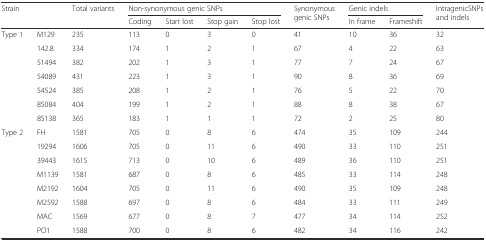
<table><thead><tr><td rowspan="2" colspan="2"><b>Strain</b></td><td rowspan="2"><b>Total variants</b></td><td colspan="4"><b>Non-synonymous genic SNPs</b></td><td rowspan="2"><b>Synonymous genic SNPs</b></td><td colspan="2"><b>Genic indels</b></td><td rowspan="2"><b>IntragenicSNPs and indels</b></td></tr><tr><td><b>Coding</b></td><td><b>Start lost</b></td><td><b>Stop gain</b></td><td><b>Stop lost</b></td><td><b>In frame</b></td><td><b>Frameshift</b></td></tr></thead><tbody><tr><td>Type 1</td><td>M129</td><td>235</td><td>113</td><td>0</td><td>3</td><td>0</td><td>41</td><td>10</td><td>36</td><td>32</td></tr><tr><td></td><td>142.8</td><td>334</td><td>174</td><td>1</td><td>2</td><td>1</td><td>67</td><td>4</td><td>22</td><td>63</td></tr><tr><td></td><td>51494</td><td>382</td><td>202</td><td>1</td><td>3</td><td>1</td><td>77</td><td>7</td><td>24</td><td>67</td></tr><tr><td></td><td>54089</td><td>431</td><td>223</td><td>1</td><td>3</td><td>1</td><td>90</td><td>8</td><td>36</td><td>69</td></tr><tr><td></td><td>54524</td><td>385</td><td>208</td><td>1</td><td>2</td><td>1</td><td>76</td><td>5</td><td>22</td><td>70</td></tr><tr><td></td><td>85084</td><td>404</td><td>199</td><td>1</td><td>2</td><td>1</td><td>88</td><td>8</td><td>38</td><td>67</td></tr><tr><td></td><td>85138</td><td>365</td><td>183</td><td>1</td><td>1</td><td>1</td><td>72</td><td>2</td><td>25</td><td>80</td></tr><tr><td>Type 2</td><td>FH</td><td>1581</td><td>705</td><td>0</td><td>8</td><td>6</td><td>474</td><td>35</td><td>109</td><td>244</td></tr><tr><td></td><td>19294</td><td>1606</td><td>705</td><td>0</td><td>11</td><td>6</td><td>490</td><td>33</td><td>110</td><td>251</td></tr><tr><td></td><td>39443</td><td>1615</td><td>713</td><td>0</td><td>10</td><td>6</td><td>489</td><td>36</td><td>110</td><td>251</td></tr><tr><td></td><td>M1139</td><td>1581</td><td>687</td><td>0</td><td>8</td><td>6</td><td>485</td><td>33</td><td>114</td><td>248</td></tr><tr><td></td><td>M2192</td><td>1604</td><td>705</td><td>0</td><td>11</td><td>6</td><td>490</td><td>35</td><td>109</td><td>248</td></tr><tr><td></td><td>M2592</td><td>1588</td><td>697</td><td>0</td><td>8</td><td>6</td><td>484</td><td>33</td><td>111</td><td>249</td></tr><tr><td></td><td>MAC</td><td>1569</td><td>677</td><td>0</td><td>8</td><td>7</td><td>477</td><td>34</td><td>114</td><td>252</td></tr><tr><td></td><td>PO1</td><td>1588</td><td>700</td><td>0</td><td>8</td><td>6</td><td>482</td><td>34</td><td>116</td><td>242</td></tr></tbody></table>